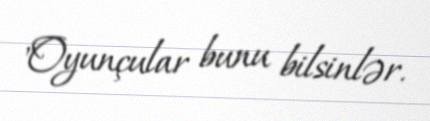
"Oyunçular bunu bilsinlər.